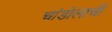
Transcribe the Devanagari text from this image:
चांडोलाची